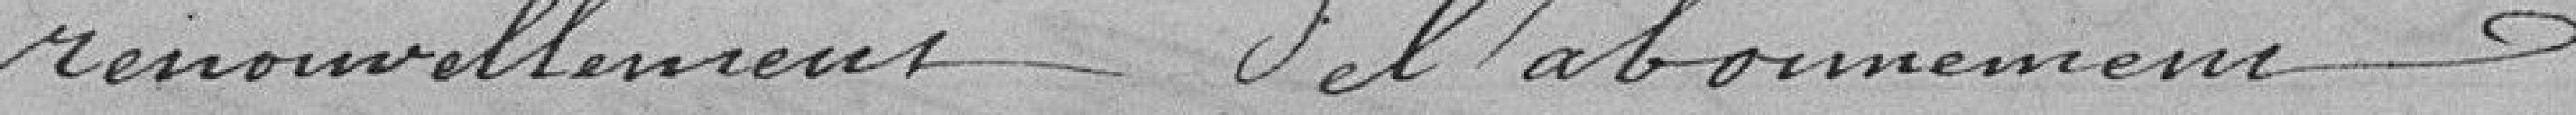
renouvellement de l'abonnement.